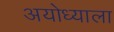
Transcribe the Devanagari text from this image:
अयोध्याला